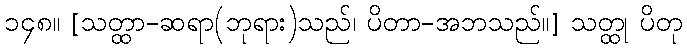
၁၄၈။ [သတ္ထာ-ဆရာ(ဘုရား)သည်၊ ပိတာ-အဘသည်။] သတ္ထု ပိတု